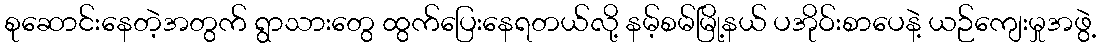
စုဆောင်းနေတဲ့အတွက် ရွာသားတွေ ထွက်ပြေးနေရတယ်လို့ နမ့်စမ်မြို့နယ် ပအိုဝ်းစာပေနဲ့ ယဉ်ကျေးမှုအဖွဲ့